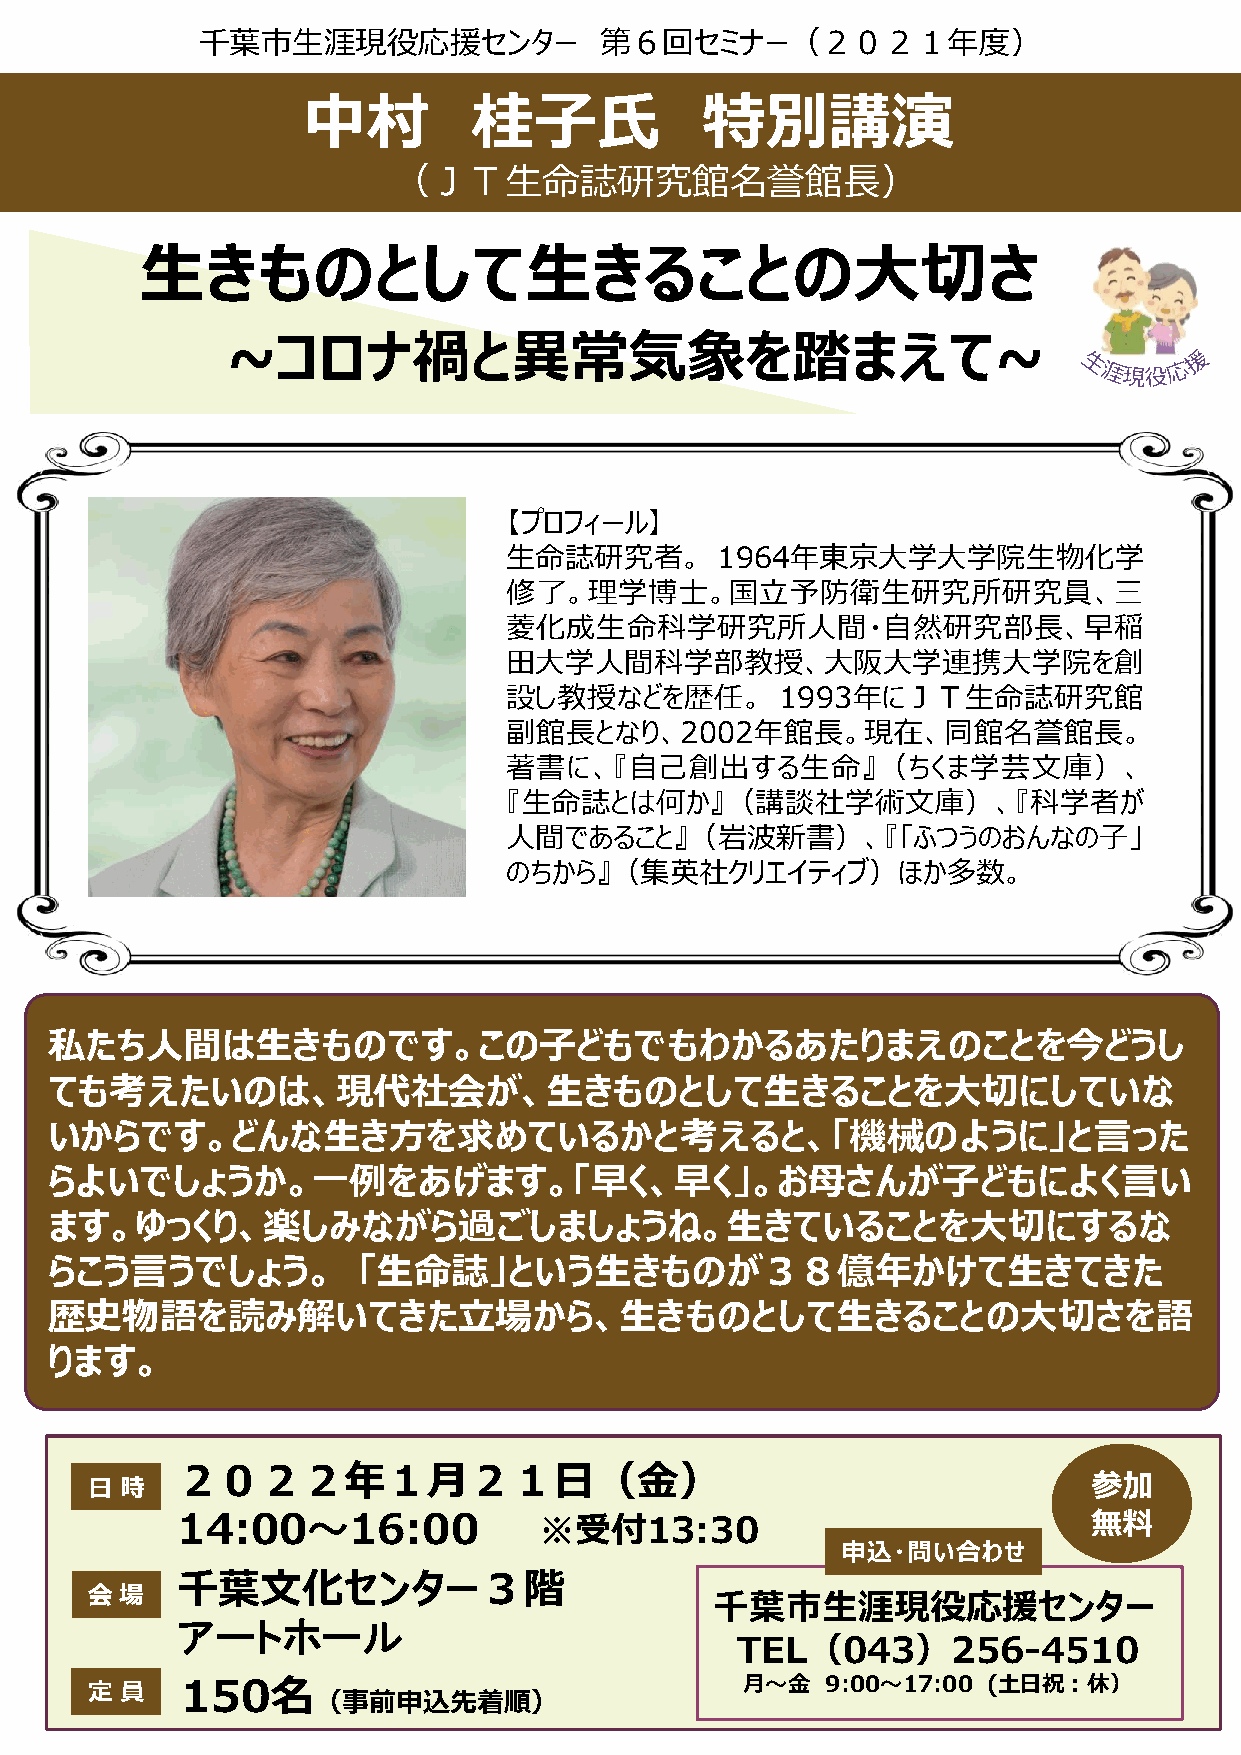
千葉市生涯現役応援センター              第６回セミナー（２０２１年度）
 中村         桂子氏            特別講演
 （ＪＴ生命誌研究館名誉館長）
 生きものとして生きることの大切さ
 ~コロナ禍と異常気象を踏まえて~
 【プロフィール】
 生命誌研究者。       1964年東京大学大学院生物化学
 修了。理学博士。国立予防衛生研究所研究員、三
 菱化成生命科学研究所人間・自然研究部長、早稲
 田大学人間科学部教授、大阪大学連携大学院を創
 設し教授などを歴任。         1993年にＪＴ生命誌研究館
 副館長となり、2002年館長。現在、同館名誉館長。
 著書に、『自己創出する生命』（ちくま学芸文庫）、
 『生命誌とは何か』（講談社学術文庫）、『科学者が
 人間であること』（岩波新書）、『「ふつうのおんなの子」
 のちから』（集英社クリエイティブ）ほか多数。
 私たち人間は生きものです。この子どもでもわかるあたりまえのことを今どうし
 ても考えたいのは、現代社会が、生きものとして生きることを大切にしていな
 いからです。どんな生き方を求めているかと考えると、「機械のように」と言った
 らよいでしょうか。一例をあげます。「早く、早く」。お母さんが子どもによく言い
 ます。ゆっくり、楽しみながら過ごしましょうね。生きていることを大切にするな
 らこう言うでしょう。           「生命誌」という生きものが３８億年かけて生きてきた
 歴史物語を読み解いてきた立場から、生きものとして生きることの大切さを語
 ります。
 ２０２２年１月２１日（金）
 日 時                                                               参加
 14:00～16:00             ※受付13:30                            無料
 申込・問い合わせ
 千葉文化センター３階
 会 場                                      千葉市生涯現役応援センター
 アートホール
 TEL（043）256-4510
 150名                                 月～金   9:00～17:00 (土日祝：休）
 定 員
 （事前申込先着順）